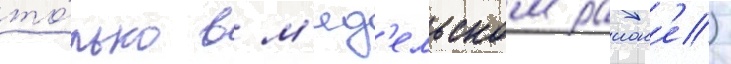
то́лько в м'яд'ельском раион'е)